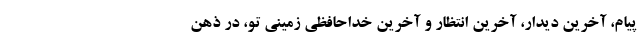
پیام، آخرین دیدار، آخرین انتظار و آخرین خداحافظی زمینی تو، در ذهن